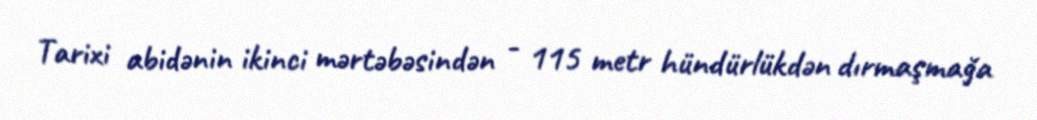
Tarixi abidənin ikinci mərtəbəsindən - 115 metr hündürlükdən dırmaşmağa